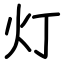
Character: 灯